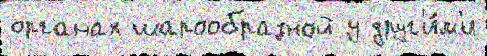
органах шарообразной у друг'и́м'и